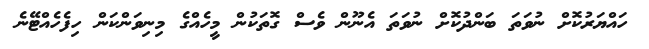
ހައްޔަރުކޮށް ނުވަތަ ބަންދުކޮށް ނުވަތަ އެނޫން ވެސް ގޮތަކުން މީހެއްގެ މިނިވަންކަން ހިފެހެއްޓޭނެ